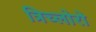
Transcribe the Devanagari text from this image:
त्रिच्लोरो